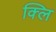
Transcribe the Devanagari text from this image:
क्लि